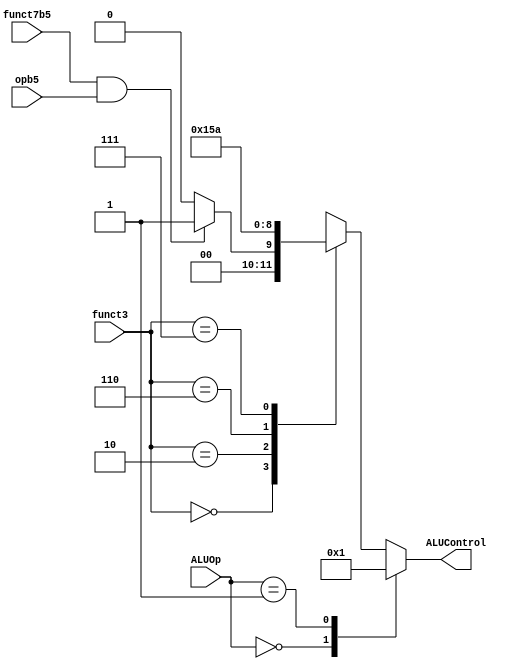
`timescale 1ns / 1ps

module ALUdec(
	input 		opb5,
	input [2:0] funct3,
	input 		funct7b5,
	input [1:0] ALUOp,
	
	output reg [2:0] ALUControl
);

wire RtypeSub;
assign RtypeSub = funct7b5 & opb5; //TRUE for R-type substract

always@(*)
begin
	case(ALUOp)
	  2'b00:			  ALUControl = 3'b000; //addition
	  2'b01:			  ALUControl = 3'b001; //subtraction
	  default:case(funct3)//R-type or I-typr ALU
				3'b000: if(RtypeSub)
						  ALUControl = 3'b001; //sub
						else
						  ALUControl = 3'b000; //add,addi
				3'b010:   ALUControl = 3'b101; //slt,slti
				3'b110:   ALUControl = 3'b011; //or,ori
				3'b111:   ALUControl = 3'b010; //and,andi
				default:  ALUControl = 3'bxxx; //???
			endcase
	endcase
end

endmodule